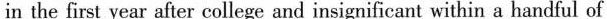
in the first year after college and insignificant within a handful of